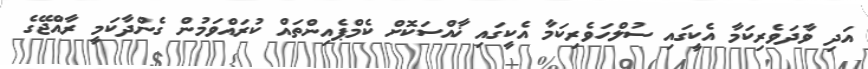
އަދި ވާދަވެރިކަމާ އެކީގައި ސުލްހަވެރިކަމާ އެކީގައި ޚާއްސަކޮށް ކެމްޕެއިންތައް ކުރައްވަމުން ގެންދާކަމީ ރާއްޖޭގެ